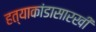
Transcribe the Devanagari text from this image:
हत्याकांडासारखी